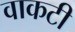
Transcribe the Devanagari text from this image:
वाकटी